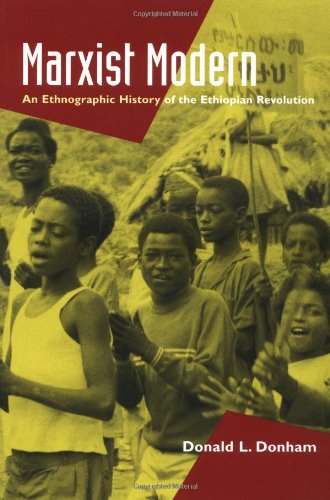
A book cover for Marxist Modern: An Ethnographic History of the Ethiopian Revolution; Donald L. Donham; History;